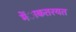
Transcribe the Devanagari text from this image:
मेंाकतरयत